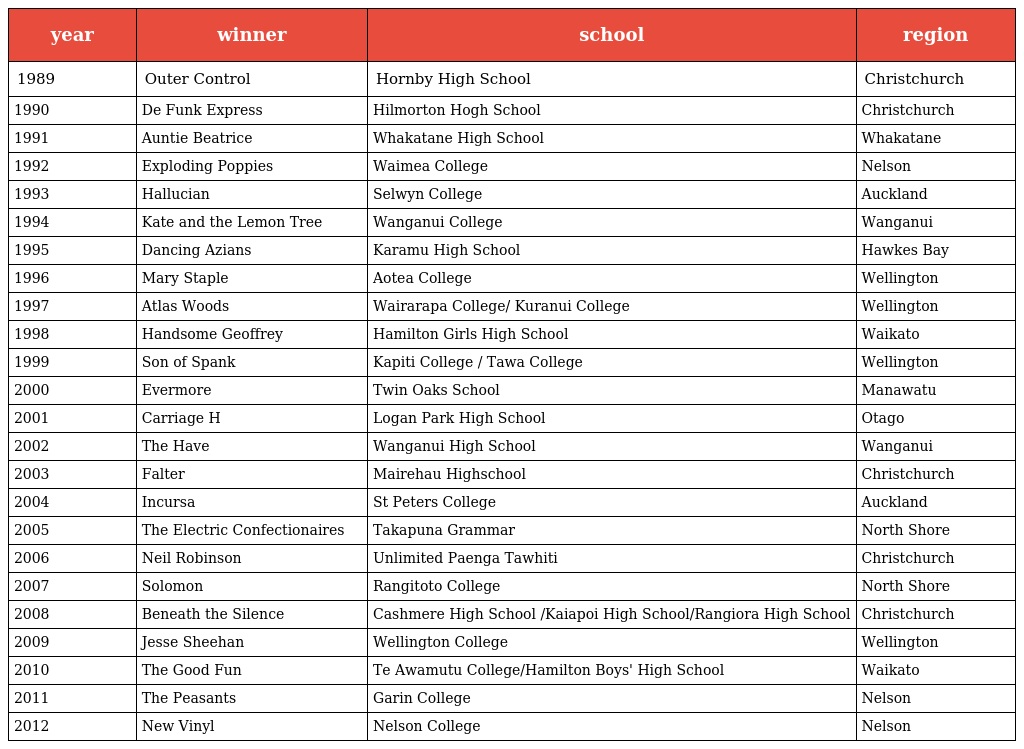
| year | winner | school | region |
 | --- | --- | --- | --- |
 | 1989 | Outer Control | Hornby High School | Christchurch |
 | 1990 | De Funk Express | Hilmorton Hogh School | Christchurch |
 | 1991 | Auntie Beatrice | Whakatane High School | Whakatane |
 | 1992 | Exploding Poppies | Waimea College | Nelson |
 | 1993 | Hallucian | Selwyn College | Auckland |
 | 1994 | Kate and the Lemon Tree | Wanganui College | Wanganui |
 | 1995 | Dancing Azians | Karamu High School | Hawkes Bay |
 | 1996 | Mary Staple | Aotea College | Wellington |
 | 1997 | Atlas Woods | Wairarapa College/ Kuranui College | Wellington |
 | 1998 | Handsome Geoffrey | Hamilton Girls High School | Waikato |
 | 1999 | Son of Spank | Kapiti College / Tawa College | Wellington |
 | 2000 | Evermore | Twin Oaks School | Manawatu |
 | 2001 | Carriage H | Logan Park High School | Otago |
 | 2002 | The Have | Wanganui High School | Wanganui |
 | 2003 | Falter | Mairehau Highschool | Christchurch |
 | 2004 | Incursa | St Peters College | Auckland |
 | 2005 | The Electric Confectionaires | Takapuna Grammar | North Shore |
 | 2006 | Neil Robinson | Unlimited Paenga Tawhiti | Christchurch |
 | 2007 | Solomon | Rangitoto College | North Shore |
 | 2008 | Beneath the Silence | Cashmere High School /Kaiapoi High School/Rangiora High School | Christchurch |
 | 2009 | Jesse Sheehan | Wellington College | Wellington |
 | 2010 | The Good Fun | Te Awamutu College/Hamilton Boys' High School | Waikato |
 | 2011 | The Peasants | Garin College | Nelson |
 | 2012 | New Vinyl | Nelson College | Nelson |